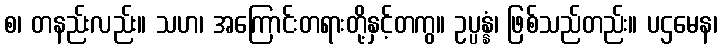
စ၊ တနည်းလည်း။ သဟ၊ အကြောင်းတရားတို့နှင့်တကွ။ ဥပ္ပန္နံ၊ ဖြစ်သည်တည်း။ ပဌမေန၊